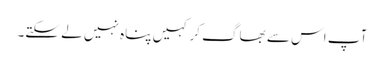
آپ اس سے بھاگ کر کہیں پناہ نہیں لے سکتے۔